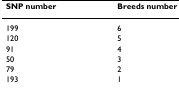
<table><thead><tr><td><b>SNP number</b></td><td><b>Breeds number</b></td></tr></thead><tbody><tr><td>199</td><td>6</td></tr><tr><td>120</td><td>5</td></tr><tr><td>91</td><td>4</td></tr><tr><td>50</td><td>3</td></tr><tr><td>79</td><td>2</td></tr><tr><td>193</td><td>1</td></tr></tbody></table>